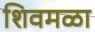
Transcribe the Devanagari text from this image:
शिवमळा